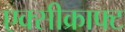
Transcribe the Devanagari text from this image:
एक्सीक्राफ्ट